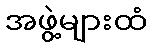
အဖွဲ့များထံ